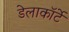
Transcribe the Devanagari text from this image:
डेलाकॉर्टे